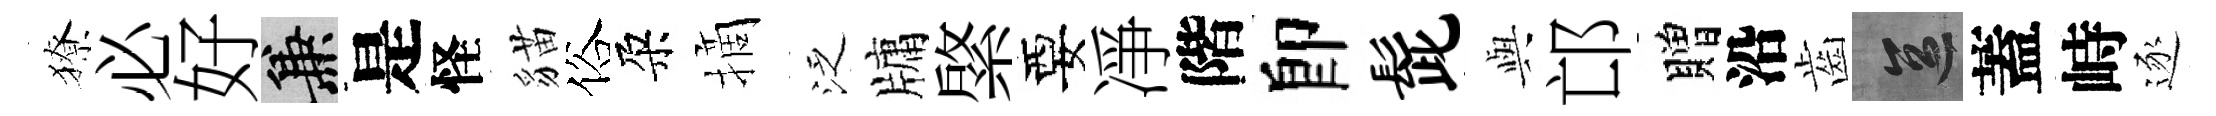
獠必好兼是怪貓俗朶摘泛牗綮要凈階卽髭𫤰邙贈沿齒區蓋峙逐